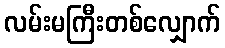
လမ်းမကြီးတစ်လျှောက်